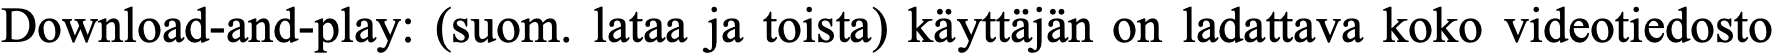
Download-and-play: (suom. lataa ja toista) käyttäjän on ladattava koko videotiedosto